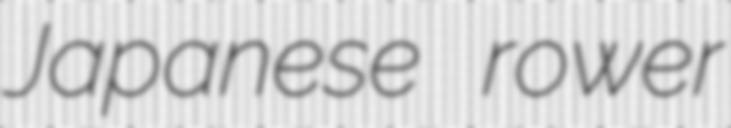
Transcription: Japanese rower